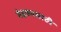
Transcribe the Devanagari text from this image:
मेहकरसाठी